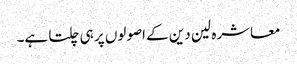
معاشرہ لین دین کے اصولوں پر ہی چلتا ہے۔